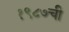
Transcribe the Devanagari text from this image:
१९८७ची